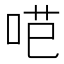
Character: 𭇼